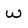
Character: w